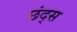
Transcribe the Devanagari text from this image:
छंद्स